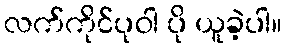
လက်ကိုင်ပုဝါ ပို ယူခဲ့ပါ။